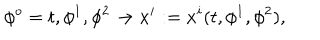
LaTeX: \phi ^ { o } = t , \phi ^ { 1 } , \phi ^ { 2 } \to x ^ { i } : = x ^ { i } ( t , \phi ^ { 1 } , \phi ^ { 2 } ) ,